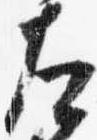
左